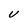
Character: U